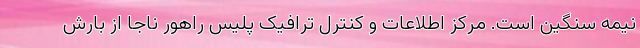
نیمه سنگین است. مرکز اطلاعات و کنترل ترافیک پلیس راهور ناجا از بارش